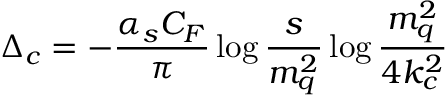
\Delta _ { c } = - \frac { \alpha _ { s } C _ { F } } { \pi } \log \frac { s } { m _ { q } ^ { 2 } } \log \frac { m _ { q } ^ { 2 } } { 4 k _ { c } ^ { 2 } }